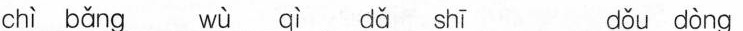
chì bǎnc wù qì dǎ sh dǒu dòng